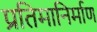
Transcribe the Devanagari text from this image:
प्रतिमानिर्माण